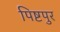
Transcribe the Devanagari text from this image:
पिष्टपुर